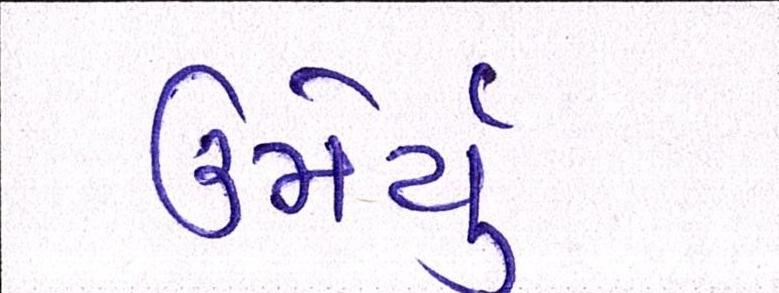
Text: ઉમેર્યું